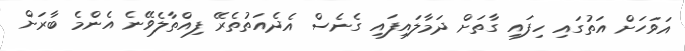
އަވަހަށް އަތުގައި ހިފައި ގާތަށް ދަމާލައިފައި ގެނެސް އެދެއަތުތެރޭ ފިއްތާލެވޭނެ އެންމެ ބާރަށް